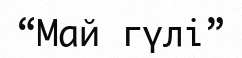
“Май гүлі”